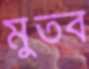
মুতব